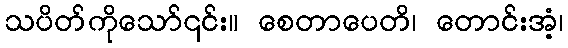
သပိတ်ကိုသော်၎င်း။ စေတာပေတိ၊ တောင်းအံ့၊